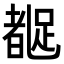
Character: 𬦼